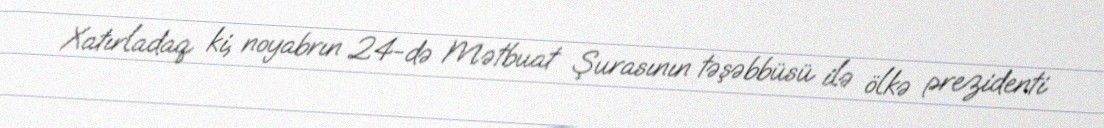
Xatırladaq ki, noyabrın 24-də Mətbuat Şurasının təşəbbüsü ilə ölkə prezidenti